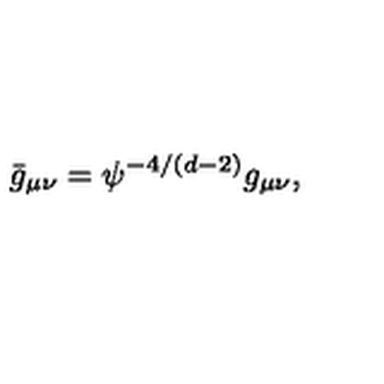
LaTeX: \bar { g } _ { \mu \nu } = \psi ^ { - 4 / ( d - 2 ) } g _ { \mu \nu } ,